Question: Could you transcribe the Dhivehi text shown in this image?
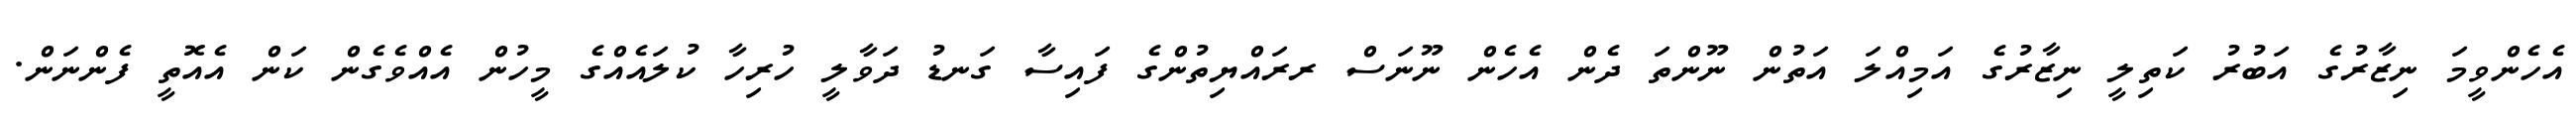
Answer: އެހެންވީމަ ނިޒާރުގެ އަބުރު ކަތިލީ ނިޒާރުގެ އަމިއްލަ އަތުން ނޫންތަ ދެން އެހެން ނޫނަސް ރރައްޔިތުންގެ ފައިސާ ގަނޑު ދަވާލީ ހުރިހާ ކުލައެއްގެ މީހުން އެއްވެގެން ކަން އެއޮތީ ފެންނަން.